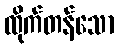
ထိုက်တန်သော